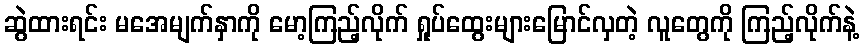
ဆွဲထားရင်း မအေမျက်နှာကို မော့ကြည့်လိုက် ရှုပ်ထွေးများမြောင်လှတဲ့ လူတွေကို ကြည့်လိုက်နဲ့